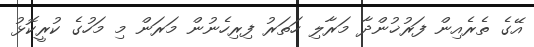
އޭގެ ތެރެއިން ފަރުޚުންދާ މަރާލި ހަތަރު ފިރިހެނުން މަރަން މި މަހުގެ ކުރީކޮޅު